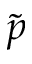
\tilde { p }